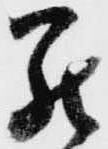
罷